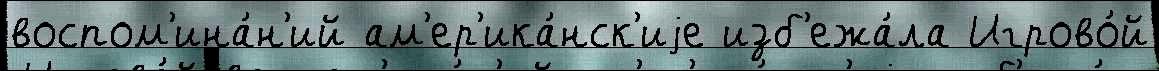
воспом'ина́н'ий ам'ер'ика́нск'иjе изб'ежа́ла Игрово́й